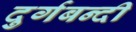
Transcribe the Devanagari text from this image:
दुर्गबन्दी